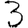
Digit: 3